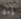
إنه